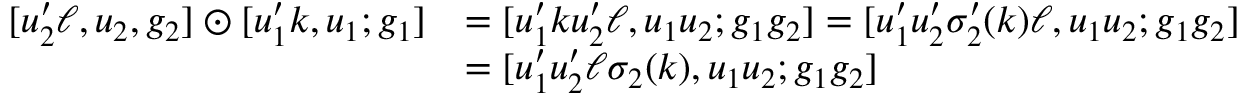
\begin{array} { r l } { [ u _ { 2 } ^ { \prime } \ell , u _ { 2 } , g _ { 2 } ] \odot [ u _ { 1 } ^ { \prime } k , u _ { 1 } ; g _ { 1 } ] } & { = [ u _ { 1 } ^ { \prime } k u _ { 2 } ^ { \prime } \ell , u _ { 1 } u _ { 2 } ; g _ { 1 } g _ { 2 } ] = [ u _ { 1 } ^ { \prime } u _ { 2 } ^ { \prime } \sigma _ { 2 } ^ { \prime } ( k ) \ell , u _ { 1 } u _ { 2 } ; g _ { 1 } g _ { 2 } ] } \\ & { = [ u _ { 1 } ^ { \prime } u _ { 2 } ^ { \prime } \ell \sigma _ { 2 } ( k ) , u _ { 1 } u _ { 2 } ; g _ { 1 } g _ { 2 } ] } \end{array}